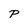
Character: P